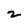
Character: 2